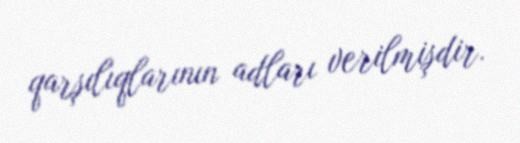
qarşılıqlarının adları verilmişdir.